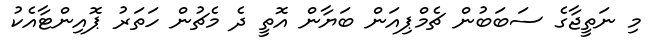
މި ނަތީޖާގެ ސަބަބުން ޗެމްޕިއަން ބަޔާން އޮތީ ދެ މެޗުން ހަތަރު ޕޮއިންޓާއެކު